Vital statistics of India. Vol. V, Reports of 1876 on armies & jails and on epidemic cholera
Year: 1876
Disease focus: Cholera
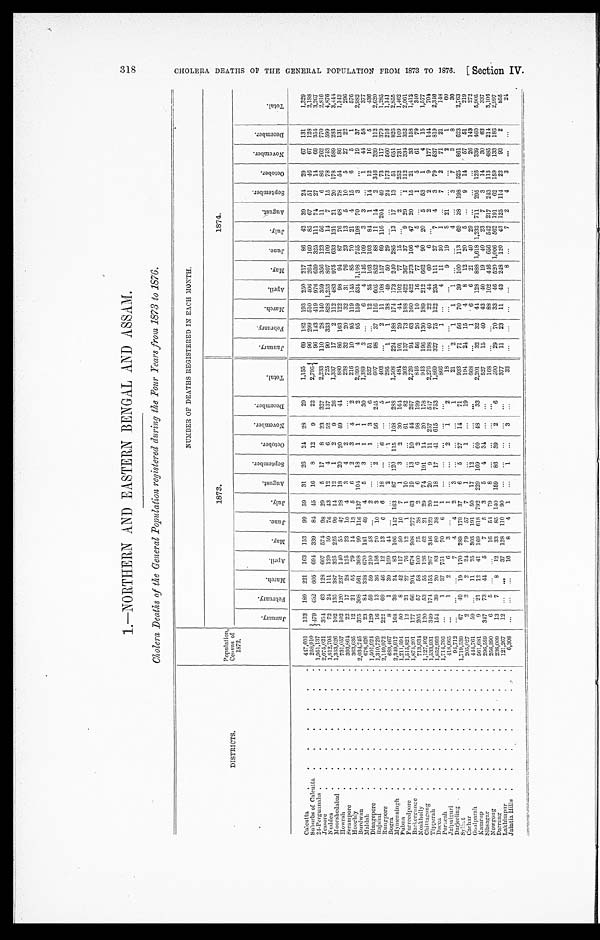
1.—NORTHERN AND EASTERN BENGAL AND ASSAM.
Cholera Deaths of the General Population registered during the Four Years from1 8 7 3 t o
1 8 7 6 .
DISTRICTS.
Population, Census of
1872.
NUMBER OF DEATHS REGISTERED IN EACH MONTH.
1873.
1874.
J a n u a r y . F e b r u a r y .
M a r c h . A p r i l . M a y . J u n e .
J u l y .
A u g u s t . S e p t e m b e r . O c t o b e r .
N o v e m b e r . D e c e m b e r .
T o t a l .
J a n u a r y . F e b r u a r y .
M a r c h .
A p r i l .
M a y . J u n e . J u l y .
A u g u s t .
S e p t e m b e r .
O c t o b e r .
N o v e m b e r . D e c e m b e r .
T o t a l .
Calcutta
447, 601 133 189 221 163 153 99 59 31 26 24 28 29 1,155 69 182 193 250 217 86 42 39 2 4 29 67 131 1, 329
Suburbso f
C a l c u t t a 258,910
4 7 9 482 605 694 339 84 45 16 8 12 9 22 2,795 96 299 510 406 264 169 85 67 51 46 67 128 2, 188
24-Pergunnahs 1,951,137
96 143 4 1 9 976 659 325 111 74 27 14 69 354 3, 267
Jessore 2, 075, 021 354 63 128 607 574 98 29 5 17 8 23 327 2,233 110 28 140 359 356 123 56 11 6 86 762 770 2,816
N u d d e a 1,812,795 72 24 111 129 59 76 43 12 4 6 52 137
725 90 333 828 1, 253 807 109 14 7 15 78 743 599 4,876
M o o r s h e d a b a d 1, 353, 626 102 135 387 325 225 99 14 12 1 2 9 26 1,337 17 2 112 483 975 633 131 21 20 178 589 283 3, 444
H o w r a h
731,057 102 120 237 140 55 47 28 18 20 20 49 44
880 86 163 122 98 94 87 76 68 78 54 86 131 1,143
Serampore
393, 864 22 17 28 125 23 10 4 3 4 2
238 32 20 32 31 76 23 13 5 10 5 27 22
296
H o o g h l y 363, 635 12 21 55 79 14 13 5 6 2 3 4 2
216 10 95 119 145 85 70 21 4 15 6 5 1
576
B u r d w a n
2 , 0 3 4 , 7 4 5 375 308 561 368 99 116 137 104 18 1 1 2 2,090 4 95 159 534 1, 108 755 198 70 3
19 37 2,982
Maldah 676, 426 23 8 4 338 670 181 49 4 5 3 1 1 30 1, 389
3
6 4 146 109 3 3
1 44 58
377
Dinagepore 1,501,924 129 59 59 210 58
2
1 3 6
527 51
12 35 103 103 84 1 14 12 16 5
436
R a j s h a i
1,310,729 16 13 36 156 70 10 3
2
56 245
607 98 37 116 605 852 88 11 14 2 346 339 112 2,620
Rungpore
2 , 1 4 9 , 9 7 2 222 69 46 12 13 6 6 18
6
5
403
2 11 108 157 69 116 204 49 73 117 379 1, 285
B o g r a
689, 467 8 1 39 199 44
2
1
1
295 1 1 38 49 50 29
24 173 560 216 1, 141
Mymensingh
2,349,917 168 39 24 83 106 147 163 87 120 115 168 288 1,508 224 188 174 173 240 285 13 17 13 51 651 826 2, 855
Pubna 1, 211, 594 50 8 42 117 50 10 7 1 3 2 30 164
484 101 29 44 102 77 15
2
252 731 109 1, 462
Furreedpore 1,515,821 12 21 27 76 12 1 1 10
61 82
303 137 73 188 422 367 37 9 29 1 112 334 352 2,061
B a c k e r g u n g e
1,874,201 177 66 204 678 908 277 63 19 13 10 44 267 2,726 94 63 160 422 273 106 47 20 15 21 33 158 1,412
Noakholly 713,934 205 57 58 100 75 38 2 6 6 2 98 199
846 56 26 10 16 77 4 5
1 5 61 79
340
Chittagong
1, 127, 402 120 53 55 126 62 21 29 74 191 14 20 178
943 196 130 189 212 662 90 20 5 53 1 4 15 1,577
Tipperah
1,533,931 349 174 153 267 346 123 20 20 9 11 257 547 2,276 198 40 22 44 60 6
2 2 9 177 144
704
Dacca
1,852,993 154 39 20 83 8 0 38 11 18 17 41 615 753 1,869 327 75 122 235 111 27 7 4 3 79 537 819 2, 346
Purneah
1, 714, 795
1 37 751 70
6 1
866
1
4 11 30 1
7 2 71 21
148
Jalpaiguri
418, 665
1 2 6 3
1
2 1 2
1 8
9 19 8 21
2 1
60
Darjeeling
94,712
7 4 4 2 3
1
21 2 1 1 1
4
3 7 3 8
30
Sylhet
1,719,539 67 49 19 170 289 179 37 6 5 27 14 71
933 71 56 70 39 100 113 69 38 198 525 861 623 2,763
Cachar
205, 027
2 2 2 24 79 57 7 1
1
19
194 24 15 4 8 12 20 5
9 14 57 51
219
Goalp a r a h 444, 761 59
11 25 303 191 50 17 12
668
1 6 6 21 40 29
26 143
272
K a m r u p
561, 681
9 21 12 41 169 618 792 229 169 60 48 33 2, 201
32 32 44 128 8 8 8 1, 618 1,232 711 295 126 339 460 5, 905
Sibsagar
296, 589 347 73 44 5 7 5 3 5 4 34
527 15 40 43 40 19 4 0 23 7 3 14 30 63
337
Nowgong
256,390 6 5
16 54 7 9
8
1 6 8
88 102 446 656 542 217 243 113 485 214 3, 105
Darrang
236, 009 13 7 8 12 33 85 140 159 86 39 2 6
5 9 0 29 70 33 46 520 1, 006 562 191 62 159 133 186 2, 997
L a k h i m p u r 121, 267 12
37 128 110 90
377 11 23 11 43 248 120 43 125 114 22 93 2
855
Jaintia Hills
6,308
16 8 4 1
1
3
33
8
7 2 4 3
24
3 1 8
C H O L E R A D E A T H S O F T H E G E N E R A L P O P U L A T I O N F R O M 1 8 7 3 T O 1 8 7 6 . [ S e c t i o n I V .